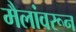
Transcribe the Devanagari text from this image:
मैलांवरून